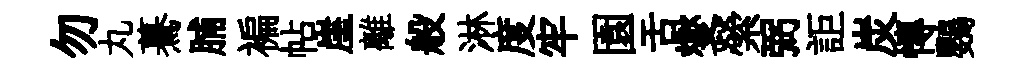
勿丸驀脯褊帖崖離般淋度牢園舌燮縈弼詎炭慱鸚